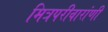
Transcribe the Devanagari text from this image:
मित्रपरीवारांणी